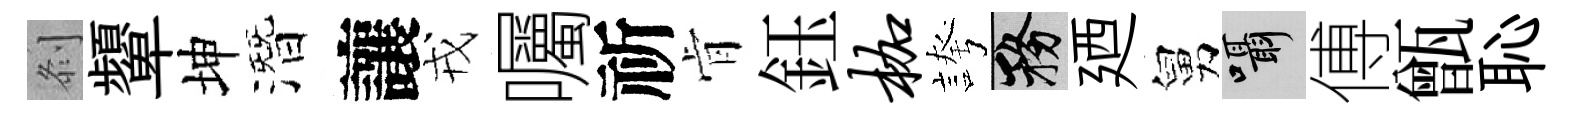
𠛴顰坤潛讓戎囑祈肻鈺枷誇務廼舅囁傅甑恥